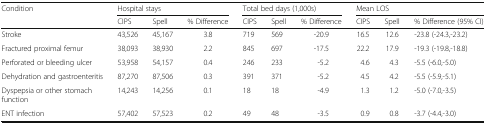
<table><thead><tr><td rowspan="2"><b>Condition</b></td><td colspan="3"><b>Hospital stays</b></td><td colspan="3"><b>Total bed days (1,000s)</b></td><td colspan="3"><b>Mean LOS</b></td></tr><tr><td><b>CIPS</b></td><td><b>Spell</b></td><td><b>% Difference</b></td><td><b>CIPS</b></td><td><b>Spell</b></td><td><b>% Difference</b></td><td><b>CIPS</b></td><td><b>Spell</b></td><td><b>% Difference (95% CI)</b></td></tr></thead><tbody><tr><td>Stroke</td><td>43,526</td><td>45,167</td><td>3.8</td><td>719</td><td>569</td><td>-20.9</td><td>16.5</td><td>12.6</td><td>-23.8 (-24.3,-23.2)</td></tr><tr><td>Fractured proximal femur</td><td>38,093</td><td>38,930</td><td>2.2</td><td>845</td><td>697</td><td>-17.5</td><td>22.2</td><td>17.9</td><td>-19.3 (-19.8,-18.8)</td></tr><tr><td>Perforated or bleeding ulcer</td><td>53,958</td><td>54,157</td><td>0.4</td><td>246</td><td>233</td><td>-5.2</td><td>4.6</td><td>4.3</td><td>-5.5 (-6.0,-5.0)</td></tr><tr><td>Dehydration and gastroenteritis</td><td>87,270</td><td>87,506</td><td>0.3</td><td>391</td><td>371</td><td>-5.2</td><td>4.5</td><td>4.2</td><td>-5.5 (-5.9,-5.1)</td></tr><tr><td>Dyspepsia or other stomach function</td><td>14,243</td><td>14,256</td><td>0.1</td><td>18</td><td>18</td><td>-4.9</td><td>1.3</td><td>1.2</td><td>-5.0 (-7.0,-3.5)</td></tr><tr><td>ENT infection</td><td>57,402</td><td>57,523</td><td>0.2</td><td>49</td><td>48</td><td>-3.5</td><td>0.9</td><td>0.8</td><td>-3.7 (-4.4,-3.0)</td></tr></tbody></table>